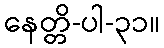
နေတ္တိ-ပါ-၃၁။